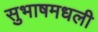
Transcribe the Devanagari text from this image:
सुभाषमधली